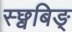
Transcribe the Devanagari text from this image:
स्छ्वबिङ्